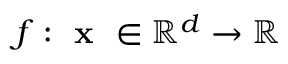
f : \textbf { x } \in \mathbb { R } ^ { d } \rightarrow \mathbb { R }